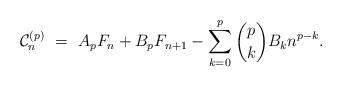
LaTeX: \begin{align*}\mathcal{C}_n^{(p)} \ = \ A_p F_n + B_p F_{n+1} - \sum_{k=0}^p \binom{p}{k} B_k n^{p-k}.\end{align*}